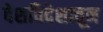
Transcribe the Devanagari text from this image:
देशविदेशातून